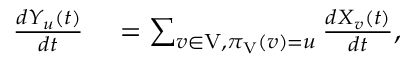
\begin{array} { r l } { \frac { d Y _ { u } \left( t \right) } { d t } } & { { } = \sum _ { v \in \mathrm { V } , \pi _ { \mathrm { V } } \left( v \right) = u } \frac { d X _ { v } \left( t \right) } { d t } , } \end{array}